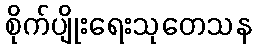
စိုက်ပျိုးရေးသုတေသန